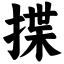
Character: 揲